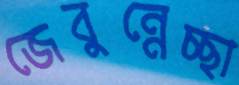
জেবুন্নেচ্ছা